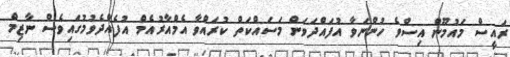
ރައީސް މައުމޫން އިސްވެ ހުންނަވާ އުފައްދަވަން މަސައްކަތް ކުރައްވާ އެމްއާރުއެމް އުފެއްދެވުމުގައިވެސް ނާޒިމް